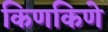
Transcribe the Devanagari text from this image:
किणकिणे